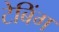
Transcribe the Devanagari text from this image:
टेबिंग